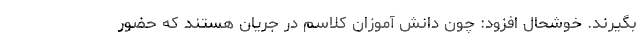
بگیرند. خوشحال افزود: چون دانش آموزان کلاسم در جریان هستند که حضور